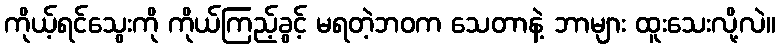
ကိုယ့်ရင်သွေးကို ကိုယ်ကြည့်ခွင့် မရတဲ့ဘဝက သေတာနဲ့ ဘာများ ထူးသေးလို့လဲ။